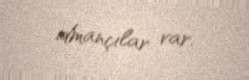
idmançılar var.